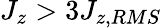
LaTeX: J_{z}>3J_{z,RMS}